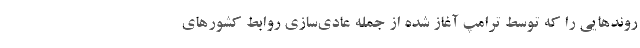
روندهایی را که توسط ترامپ آغاز شده از جمله عادی‌سازی روابط کشورهای